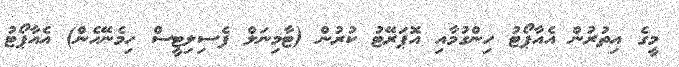
މީގެ އިތުރުން އެއާޕޯޓު ހިންގުމާއި އޮޕަރޭޓު ކުރުން (ޓާމިނަލް ފެސިލިޓީސް ހިމެނޭހެން) އެއާޕޯޓު